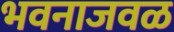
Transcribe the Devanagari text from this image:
भवनाजवळ